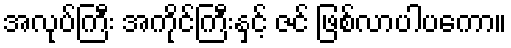
အလုပ်ကြီး အကိုင်ကြီးနှင့် ဇင် ဖြစ်လာပါပကော။